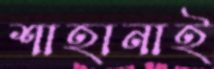
শাহানাই